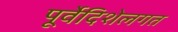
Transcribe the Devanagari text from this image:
पूर्वेदिशेलगत